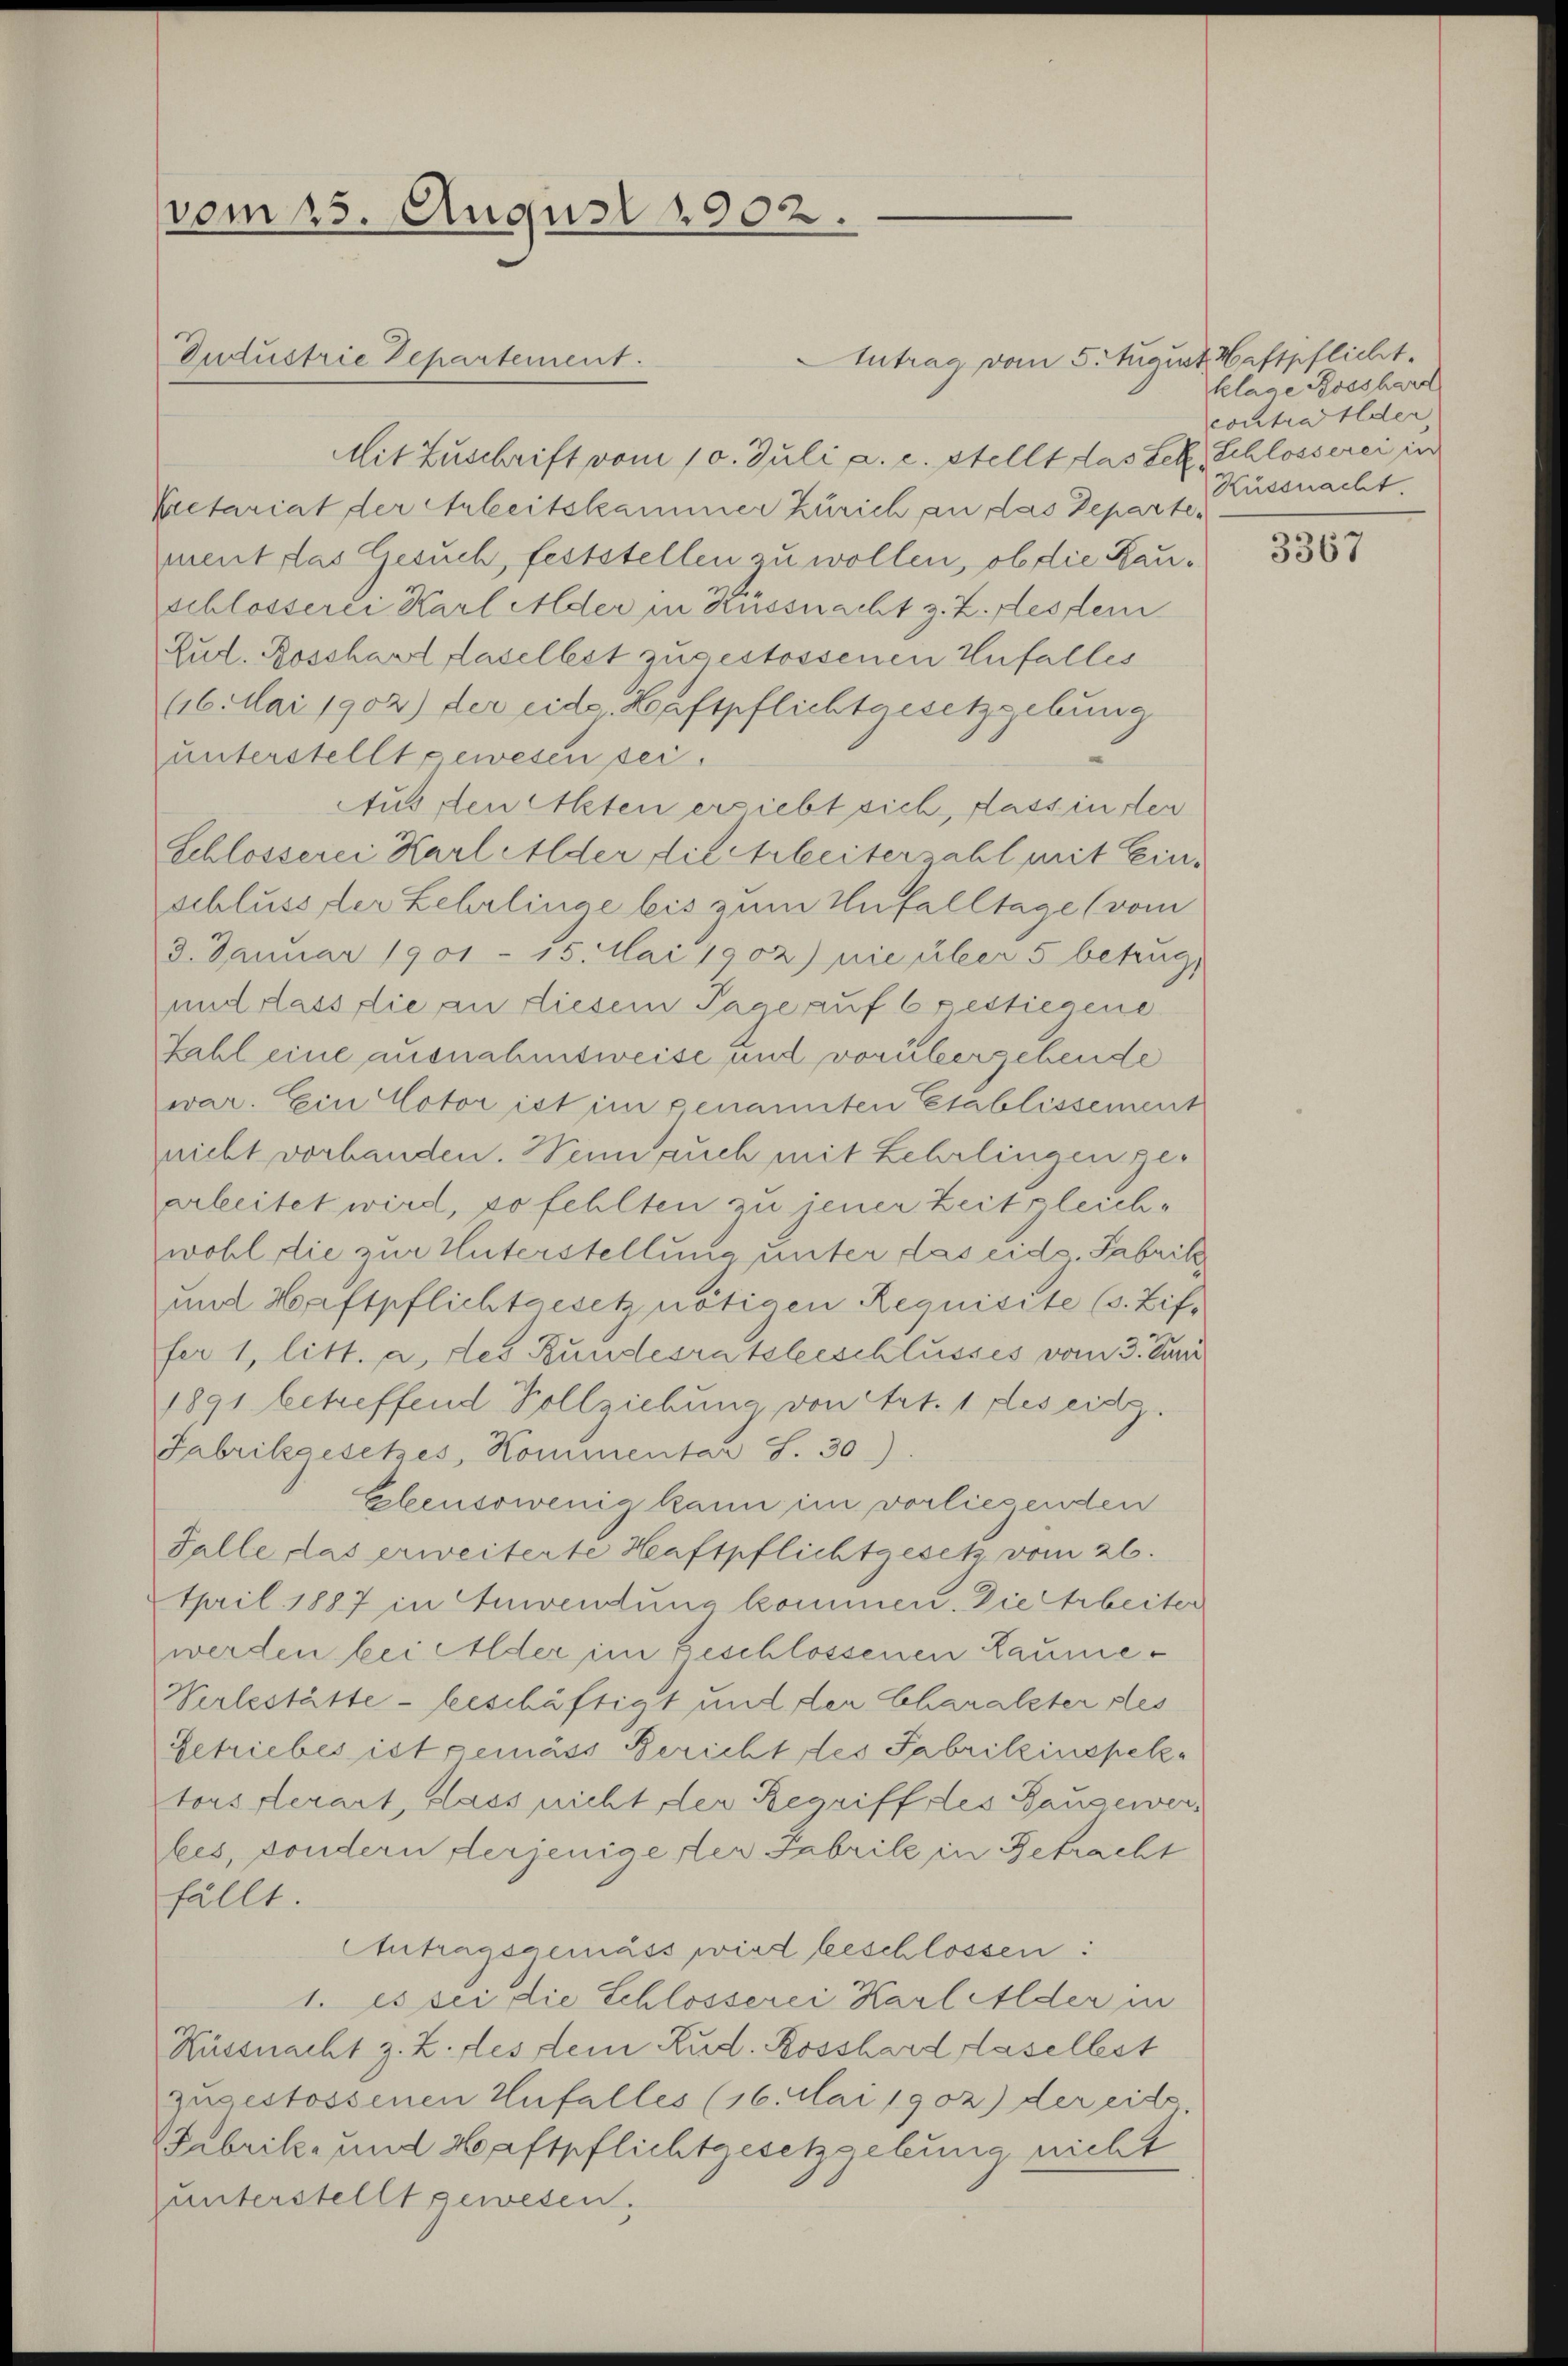
vom 25. August 1902.

Derlustrie Departement.

Mit Zuschrift vom 10. Juli a. c. stellt das Sek, Schlosserei in
Petariat der Arbeitskammer Zürich an das Departement das Gesuch, feststellen zu wollen, ob die Rauschlosserei Karl Alder in Küssnacht z. Z. des dem
Lud. Rosshart daselbst zugestossenen Unfalles
46. Mai 1902) der eidg. Haftpflichtgesetzgebung
unterstellt gewesen sei.
Aus den Alten ersiebt sich, dass in den
Schlosserei Karl Alder die Arbeiterzahl mit Einschluss, der Lehrlinge bis zum Unfalltage (vom
3. Januar 1901 - 15. Mai 1902) nie über 5 betrug,
und dass die an diesem Tage auf 6 gestiegene
Zahl eine ausnahmsweise und vorübergebende
war. Ein Cotor ist im genannten Etablissement
nicht vorhanden. Wenn auch mit Lehrlingen gearbeitet wird, so fehlten zu jener Zeit gleichwohl die zur Unterstellung unter das eid. Fabrik
und Haftpflichtgesetz nötigen Requisite (s. Ziffer 1, litt. a. des Bundesratsbeschlusses vom 3. Juni
1891 betreffend Vollziehung von Art. 1 des eitz.
Fabrikgesetzes, Kommentar S. 30)
Ebensowenig kann im vorliegenden
Falle das erweiterte Heuftpflichtgesetz vom 26.
April 1887 in Anwendung kommen. Die Arbeiter
werden bei Alder im geschlossenen Laune¬
Verlestätte - beschäftigt und der Charakter des
Getriebes ist gemäss Bericht des Fabrikinspektors serart, dass nicht der Begriff des Hausewerbes, sondern derjenige der Fabrile in Getracht
fällt.
Antragsgemäss wird beschlossen:
1. es sei die Schlosserei Karl Alder in
Küssnacht z. Z. des dein Rud. Rosshard Haselbst
zugestossenen Unfalles (16. Mai 1902) der eite
Fabrik- und Haftpflichtgesetzgebung nicht
zunterstellt gewesen.

Antrag vom 5. August Haftpflicht.

klage Rosshard
contra der
Küssnacht.

3367